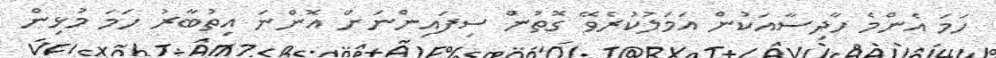
ހަމަ އެންމެ ހާދިސާއަކުން އަމަލުކުރެވޭ ގޮތުން ސިފައިންނަށް އޮންނަ އިތުބާރު ހަމަ މުޅިން